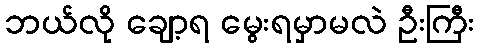
ဘယ်လို ချော့ရ မွေးရမှာမလဲ ဦးကြီး